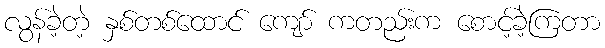
လွန်ခဲ့တဲ့ နှစ်တစ်ထောင် ကျော် ကတည်းက စောင့်ခဲ့ကြတာ